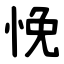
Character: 悗